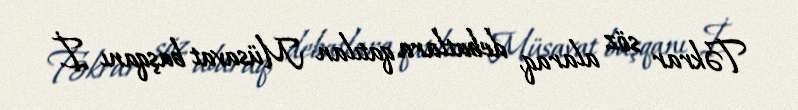
Təkrar söz alaraq, debatlara qatılan Müsavat başqanı İ.